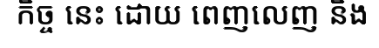
កិច្ច នេះ ដោយ ពេញលេញ និង